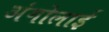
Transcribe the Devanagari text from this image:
अंगोलाई